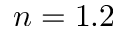
n = 1 . 2